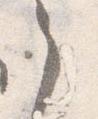
之